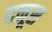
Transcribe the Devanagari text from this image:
दनूस